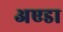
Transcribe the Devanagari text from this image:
अएडा